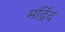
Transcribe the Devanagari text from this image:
मर्द्रिद